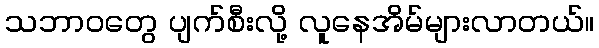
သဘာဝတွေ ပျက်စီးလို့ လူနေအိမ်များလာတယ်။